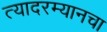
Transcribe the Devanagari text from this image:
त्यादरम्यानचा